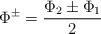
LaTeX: \begin{align*}\Phi^\pm = \frac{\Phi_2 \pm \Phi_1}{2}\end{align*}